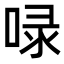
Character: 㖨